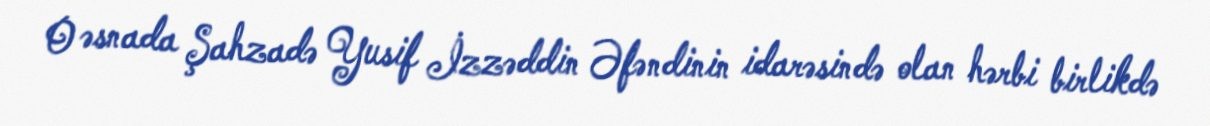
O əsnada Şahzadə Yusif İzzəddin Əfəndinin idarəsində olan hərbi birlikdə